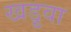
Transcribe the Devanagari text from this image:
खड़ुवा